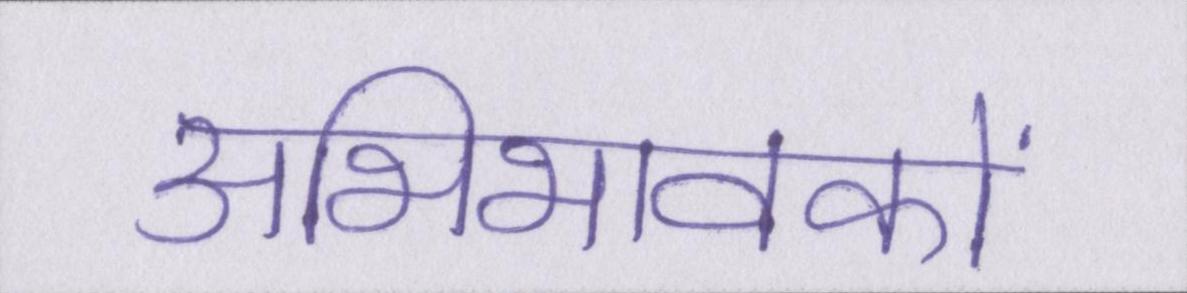
अभिभावकों